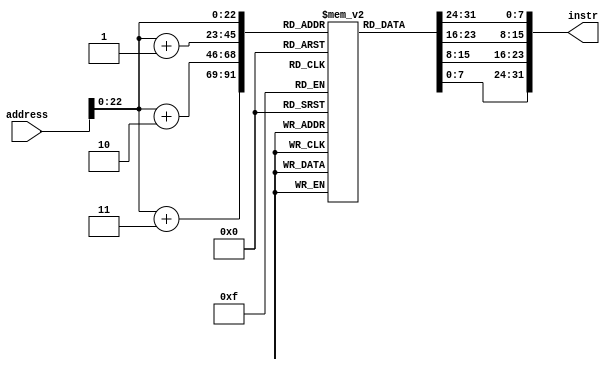
`timescale 1ns / 1ps

module instr_mem #(
    parameter integer BYTES = 1024,       // size of the memory in bytes
    parameter integer START = 'h00400000  // start address of memory
) (
    input  [31:0] address,  // word-aligned address of instruction
    output [31:0] instr     // instruction read from memory at address
);

    reg [7:0] memory[START:(START+BYTES-1)];

    // MIPS is big-endian.
    assign instr = {memory[address], memory[address+1], memory[address+2], memory[address+3]};

endmodule